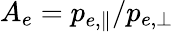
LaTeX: A_{e}=p_{e,\parallel}/p_{e,\perp}